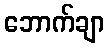
ဘောက်ချာ